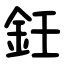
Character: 鈓